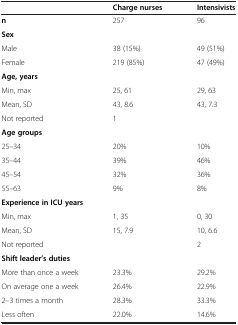
|  | Charge nurses | Intensivists |
 | --- | --- | --- |
 | n | 257 | 96 |
 | <COLSPAN=3> Sex |
 | Male | 38 (15%) | 49 (51%) |
 | Female | 219 (85%) | 47 (49%) |
 | <COLSPAN=3> Age, years |
 | Min, max | 25, 61 | 29, 63 |
 | Mean, SD | 43, 8.6 | 43, 7.3 |
 | Not reported | 1 |  |
 | <COLSPAN=3> Age groups |
 | 25–34 | 20% | 10% |
 | 35–44 | 39% | 46% |
 | 45–54 | 32% | 36% |
 | 55–63 | 9% | 8% |
 | <COLSPAN=3> Experience in ICU years |
 | Min, max | 1, 35 | 0, 30 |
 | Mean, SD | 15, 7.9 | 10, 6.6 |
 | Not reported |  | 2 |
 | <COLSPAN=3> Shift leader’s duties |
 | More than once a week | 23.3% | 29.2% |
 | On average one a week | 26.4% | 22.9% |
 | 2–3 times a month | 28.3% | 33.3% |
 | Less often | 22.0% | 14.6% |